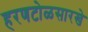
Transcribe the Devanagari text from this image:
हरणटोळसारखे